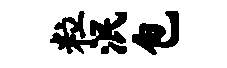
粒泯包